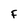
Character: f